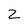
Character: 2